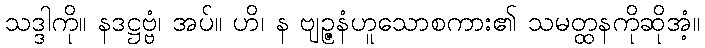
သဒ္ဒါကို။ နဒဋ္ဌဗ္ဗံ၊ အပ်။ ဟိ၊ န ဗျဉ္ဇနံဟူသောစကား၏ သမတ္ထနကိုဆိုအံ့။